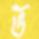
ভ